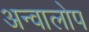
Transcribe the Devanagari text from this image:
अन्वालोप